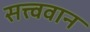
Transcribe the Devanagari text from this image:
सत्त्ववान